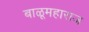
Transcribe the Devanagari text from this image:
बाळूमहाराज